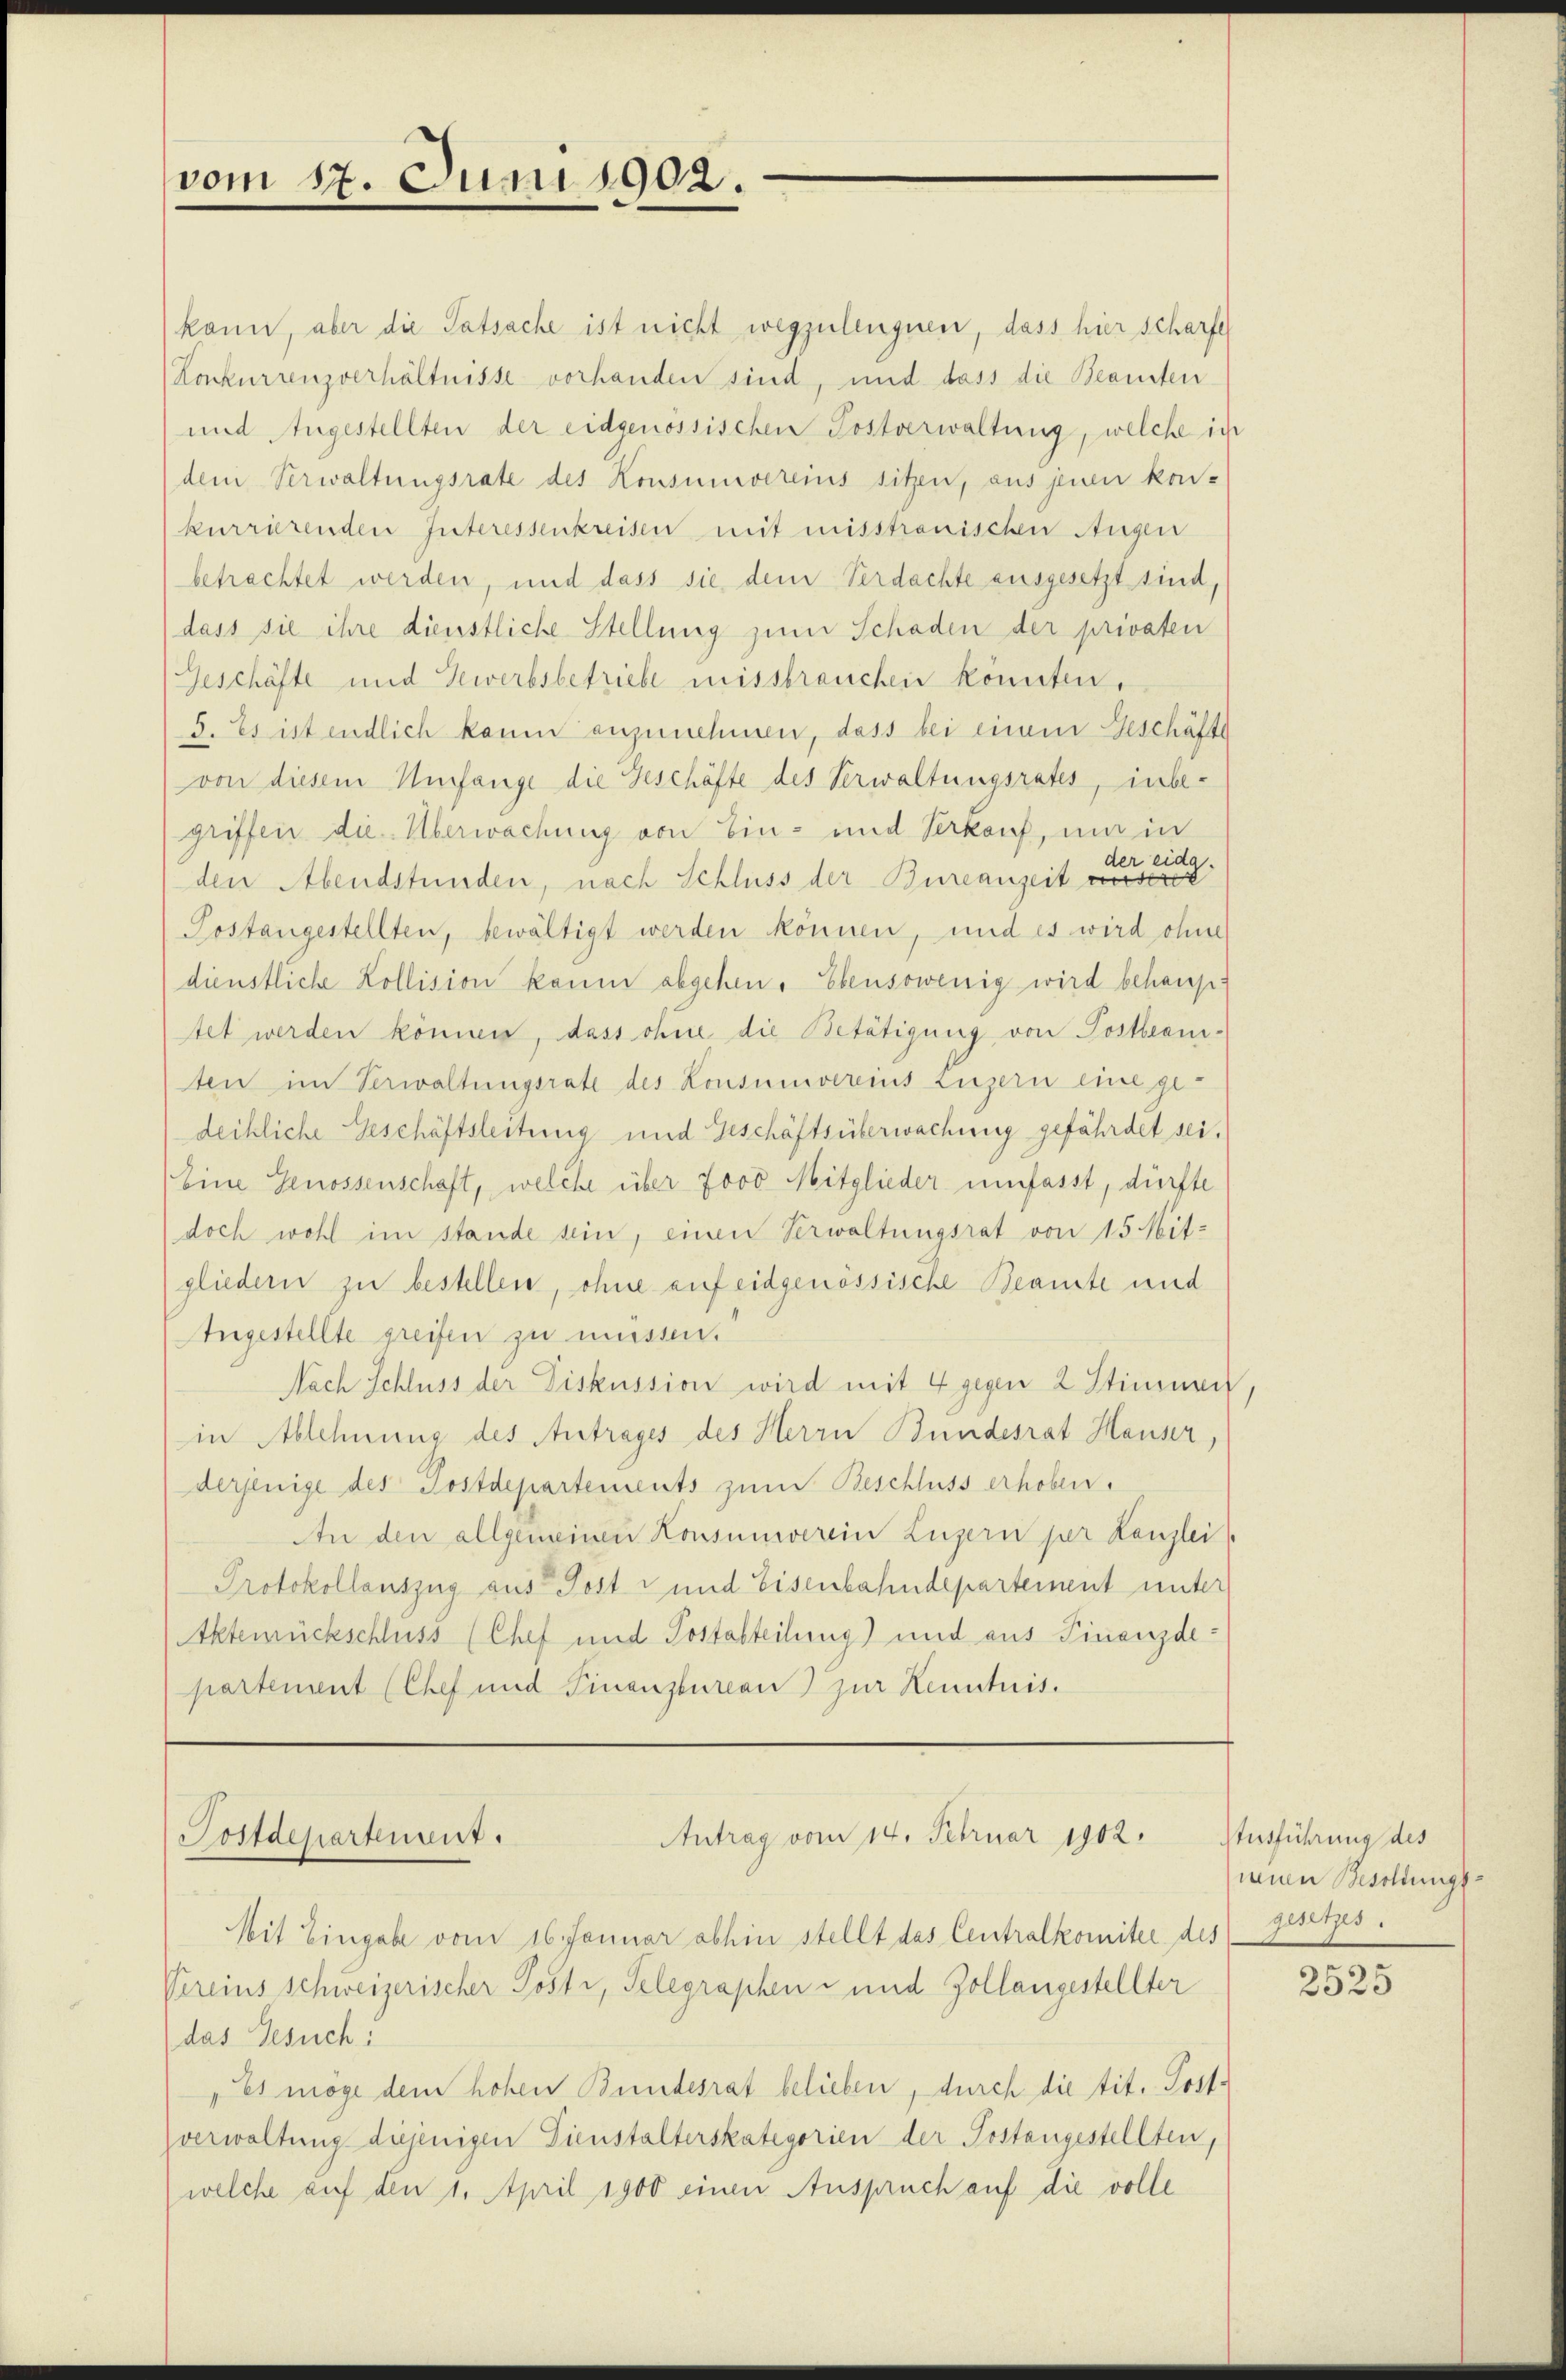
vom 17. Juni 1902.

kann, aber die Tatsache ist nicht wegzuleugnen, dass hier scharfe
Konkurrenzverhältnisse vorhanden sind, und dass die Beansten
und Angestellten der eidgenössischen Postverwaltung, welche ich
dem Verwaltungsrate des Konsumvereins sitzen, aus jenen kon-
kurrirenden Interessenkreisen mit misstrauischen Augen
betrachtet werden, und dass sie dem Verdachte ausgesetzt sind,
dass sie ihre dienstliche Stellung zum Schaden der privaten
Geschäfte und Gewerbsbetriebe missbrauchen könnten,
5. Es ist endlich kaum anzunehmen, dass bei einem Geschäfte
von diesem Umfange die Geschäfte des Verwaltungsrates, inbegriffen die Überwachung von Ein- und Verkauf, ma in
der
eida.
den Abendstunden, nach Schluss der Bureauzeit unsere
Postangestellten, bewältigt werden können, und es wird ohne
dienstliche Kollision kaum abgehen. Ebensowenig wird behauptet werden können, dass ohne die Betätigung von Postbeamten im Verwaltungsrate des Konsumvereins Luzern eine gedeckliche Geschäftsleitung und Geschäftsüberwachung gefährdet sei,
Eine Genossenschaft, welche über 7000 Mitglieder umfasst, dürfte
doch wohl im stande sein, einen Verwaltungsrat von 15 Mit-
gliedern zu bestellen, ohne auf eidgenössische Beamte und
Angestellte greifen zu müssen.
Nach Schluss der Diskussion wird mit 4 gegen 2 Stimmen
in Ablehnung des Antrages des Herrn Bundesrat Hauser,
derjenige des Postdepartements zum Beschluss erhoben.
An den allgemeinen Konsumverein Luzern per Kanzlei
Protokollauszug aus Post- und Eisenbahndepartement unter
Aktemückschluss (Chef und Postabteilung) und aus Finanzde-
partement (Chef und Finanzbureau) zur Kenntnis.

Antrag vom 14. Februar 1902.
Postdepartengut.

Mit Eingabe vom 16. Januar abhin stellt das Centralkomitee des
Vereins schweizerischer Posti, Telegraphen- und Zollangestellter
das Gesuch:
Es möge dem hohen Bundesrat belieben, durch die tit. Postverwaltung diejenigen Dienstalterskategorien der Postangestellten,
welche auf den 1. April 1900 einen Anspruch auf die volle

Ausführung des
neuen Besoldungsgesetzes.

2525